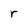
Character: r